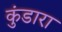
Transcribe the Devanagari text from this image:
कुंडारा